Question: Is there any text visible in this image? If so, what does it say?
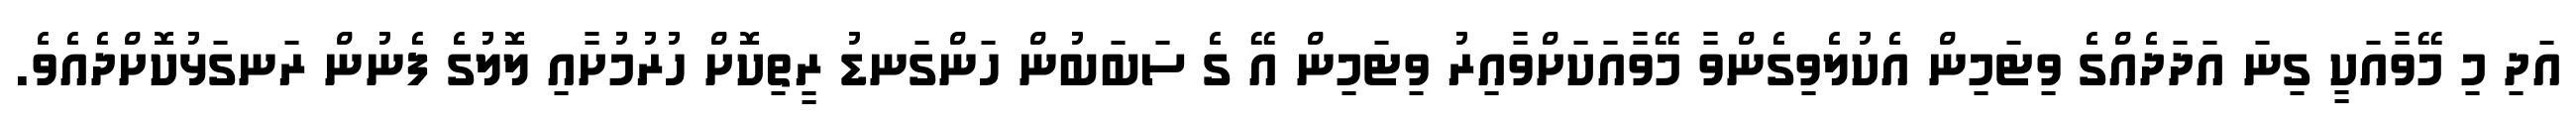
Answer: އަދި މި މޭވާއަކީ ގިނަ އަދަދެއްގެ ވިޓަމިން އެކުލެވިގެންވާ މޭވާއަކަށްވާއިރު ވިޓަމިން އޭ ގެ ސަބަބުން ހަންގަނޑު ރީތިކޮށް ހުރުމުށާއި ލޮލުގެ ފެނުން ރަނގަޅުކޮށްދެއެވެ.